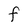
Character: F